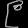
Digit: ၉